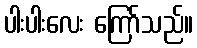
ပါးပါးလေး ကြော်သည်။